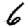
Digit: 6